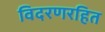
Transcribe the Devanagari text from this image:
विदरणरहित